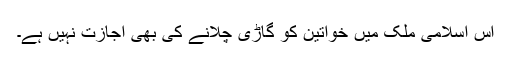
اس اسلامی ملک میں خواتین کو گاڑی چلانے کی بھی اجازت نہیں ہے۔